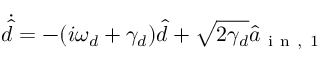
\dot { \hat { d } } = - ( i \omega _ { d } + \gamma _ { d } ) \hat { d } + \sqrt { 2 \gamma _ { d } } \hat { a } _ { \mathrm { ~ i ~ n ~ , ~ } 1 }